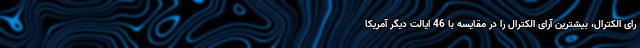
رای الکترال، بیشترین آرای الکترال را در مقایسه با 46 ایالت دیگر آمریکا